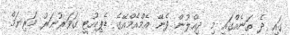
ގައި ދެ ތަނެއްގައި މި ދިއްލުން ފެނޭ އެމްއެމްއޭގެ ޑެޕިއުޓީ ގަވަރުނަރު މަރިޔަމް